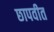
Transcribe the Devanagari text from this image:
छापवीत